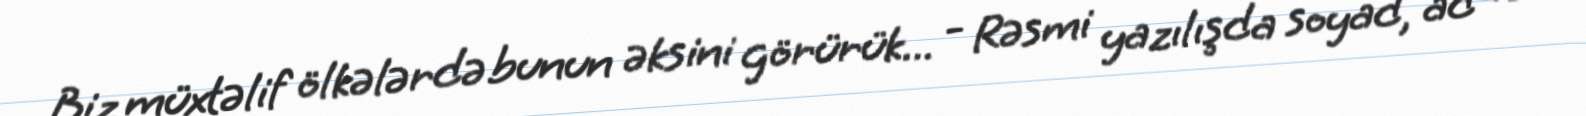
Biz müxtəlif ölkələrdə bunun əksini görürük... - Rəsmi yazılışda soyad, ad və